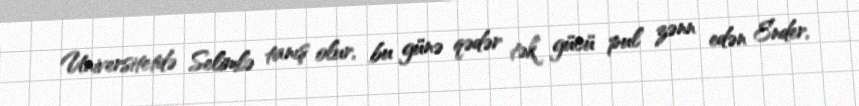
Universitetdə Selimlə tanış olur, bu günə qədər tək gücü pul zənn edən Ender,